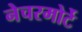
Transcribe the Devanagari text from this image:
नेचरमोर्टे